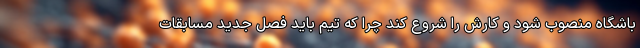
باشگاه منصوب شود و کارش را شروع کند چرا که تیم باید فصل جدید مسابقات